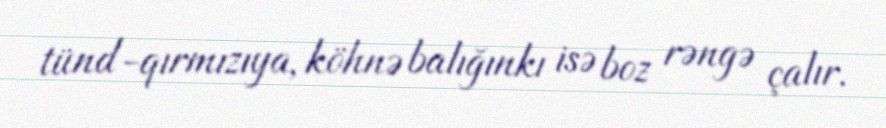
tünd-qırmızıya, köhnə balığınkı isə boz rəngə çalır.